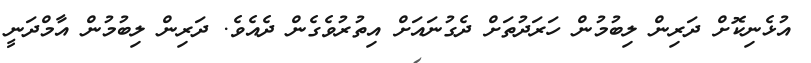
އުޅެނިކޮށް ދަރިން ލިބުމުން ހަރަދުތަށް ދެގުނައަށް އިތުރުވެގެން ދެއެވެ. ދަރިން ލިބުމުން އާމްދަނީ